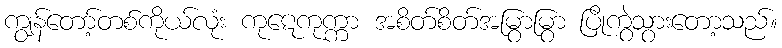
ကျွန်တော့်တစ်ကိုယ်လုံး ကုဋေကုက္ကာ အစိတ်စိတ်အမြွာမြွာ ပြိုကွဲသွားတော့သည်။